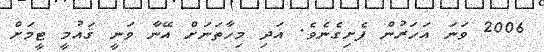
2006 ވަނަ އަހަރުން ފެށިގެނެވެ. އަދި މިހާތަނަށް އޭނާ ވަނީ ޤައުމީ ޓީމަށް